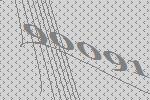
90091